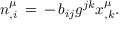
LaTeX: n _ { , i } ^ { \mu } \, = \, - \, b _ { i j } g ^ { j k } x _ { , k } ^ { \mu } .